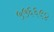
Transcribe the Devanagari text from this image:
५५६६९४